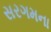
સરગમના